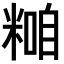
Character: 𥻢